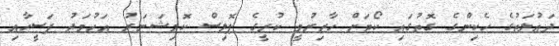
ދައުލަތުގެ ހެކިންގެ ގޮތުގައި ކޯޓަށް ހާޒިރުވީ ކުރީގެ ޕޮލިސް ކޮމިޝަނަރު އަހުމަދު ފަސީހާއި